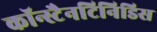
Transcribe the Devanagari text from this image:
कॉन्स्टैनटिनिडिस